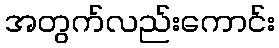
အတွက်လည်းကောင်း